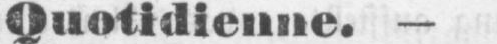
Quotidienne. -